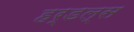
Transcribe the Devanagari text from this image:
हर्डल्स